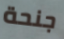
جنحة